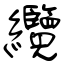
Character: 纜